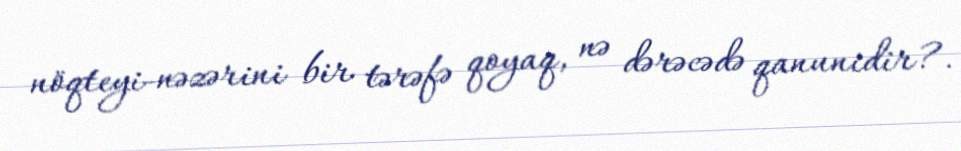
nöqteyi-nəzərini bir tərəfə qoyaq, nə dərəcədə qanunidir?.